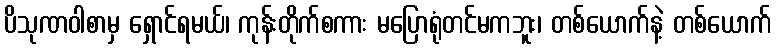
ပိသုဏဝါစာမှ ရှောင်ရမယ်၊ ကုန်းတိုက်စကား မပြောရုံတင်မကဘူး၊ တစ်ယောက်နဲ့ တစ်ယောက်